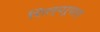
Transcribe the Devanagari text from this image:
शिल्परूपात